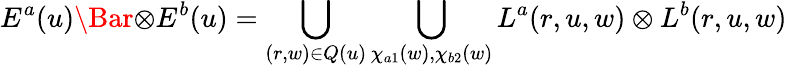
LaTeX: E^{a}(u)\Bar{\otimes}E^{b}(u)=\bigcup_{(r,w)\in Q(u)}\bigcup_{\chi_{a1}(w),\chi_{b2}(w)}L^{a}(r,u,w)\otimes L^{b}(r,u,w)